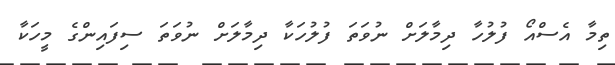
ތިމާ އެސްއޯ ފުލުހާ ދިމާލަށް ނުވަތަ ފުލުހަކާ ދިމާލަށް ނުވަތަ ސިފައިންގެ މީހަކާ